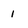
Character: 1